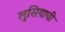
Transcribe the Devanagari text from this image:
लुसियाची